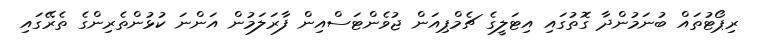
ރިޕޯޓުތައް ބުނަމުންދާ ގޮތުގައި އިޓަލީގެ ޗެމްޕިއަން ޖުވެންޓަސްއިން ފާރަލަމުން އަންނަ ކުޅުންތެރިންގެ ތެރޭގައި